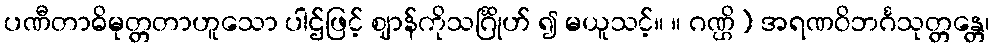
ပဏီတာဓိမုတ္တတာဟူသော ပါဌ်ဖြင့် ဈာန်ကိုသင်္ဂြိုဟ် ၍ မယူသင့်။ ။ ဂဏ္ဌိ) အရဏဝိဘင်္ဂသုတ္တန္တေ၊